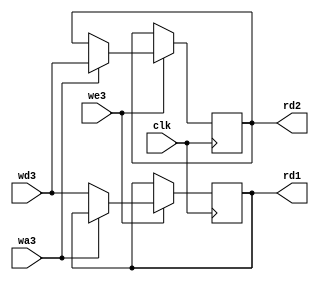
`timescale 1ns / 1ps
//////////////////////////////////////////////////////////////////////////////////
// Company: 
// Engineer: 
// 
// Design Name: 
// Module Name: reg_file
// Project Name: 
// Target Devices: 
// Tool Versions: 
// Description: 
// 
// Dependencies: 
// 
// Revision:
// Revision 0.01 - File Created
// Additional Comments:
// 
//////////////////////////////////////////////////////////////////////////////////


module reg_file(
    input          clk,
    input          we3, 
    input          wa3,
    input  [15:0]  wd3,
    output [15:0]  rd1,
    output [15:0]  rd2
);

reg [15:0] x;
reg [15:0] y;

always @ (posedge clk) begin
    if (we3) begin
        if(wa3) begin
            y <= wd3;
        end else begin
            x <= wd3;
        end
    end
end
    
assign rd1 = x;
assign rd2 = y;

endmodule